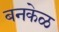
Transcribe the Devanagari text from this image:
बनकेळ